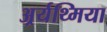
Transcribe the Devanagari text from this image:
अर्र्यथ्मिया